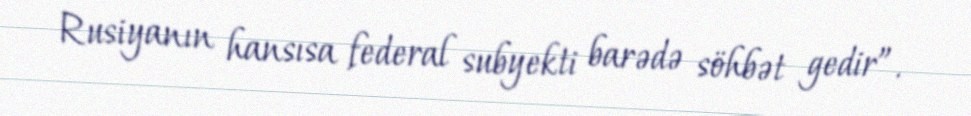
Rusiyanın hansısa federal subyekti barədə söhbət gedir”.